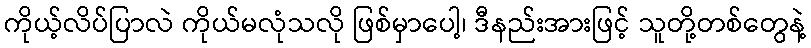
ကိုယ့်လိပ်ပြာလဲ ကိုယ်မလုံသလို ဖြစ်မှာပေါ့၊ ဒီနည်းအားဖြင့် သူတို့တစ်တွေနဲ့